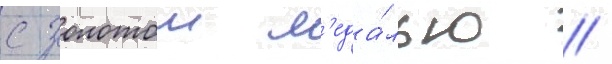
с золотои м'еда́лью //